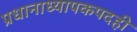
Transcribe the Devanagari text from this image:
प्रधानाध्यापकपदही